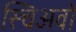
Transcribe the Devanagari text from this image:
स्चिअवो